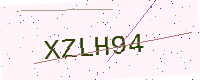
Text: XZLH94